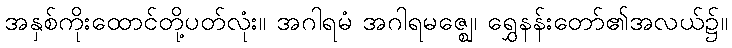
အနှစ်ကိုးထောင်တို့ပတ်လုံး။ အဂါရမံ အဂါရမဇ္ဈေ၊ ရွှေနန်းတော်၏အလယ်၌။